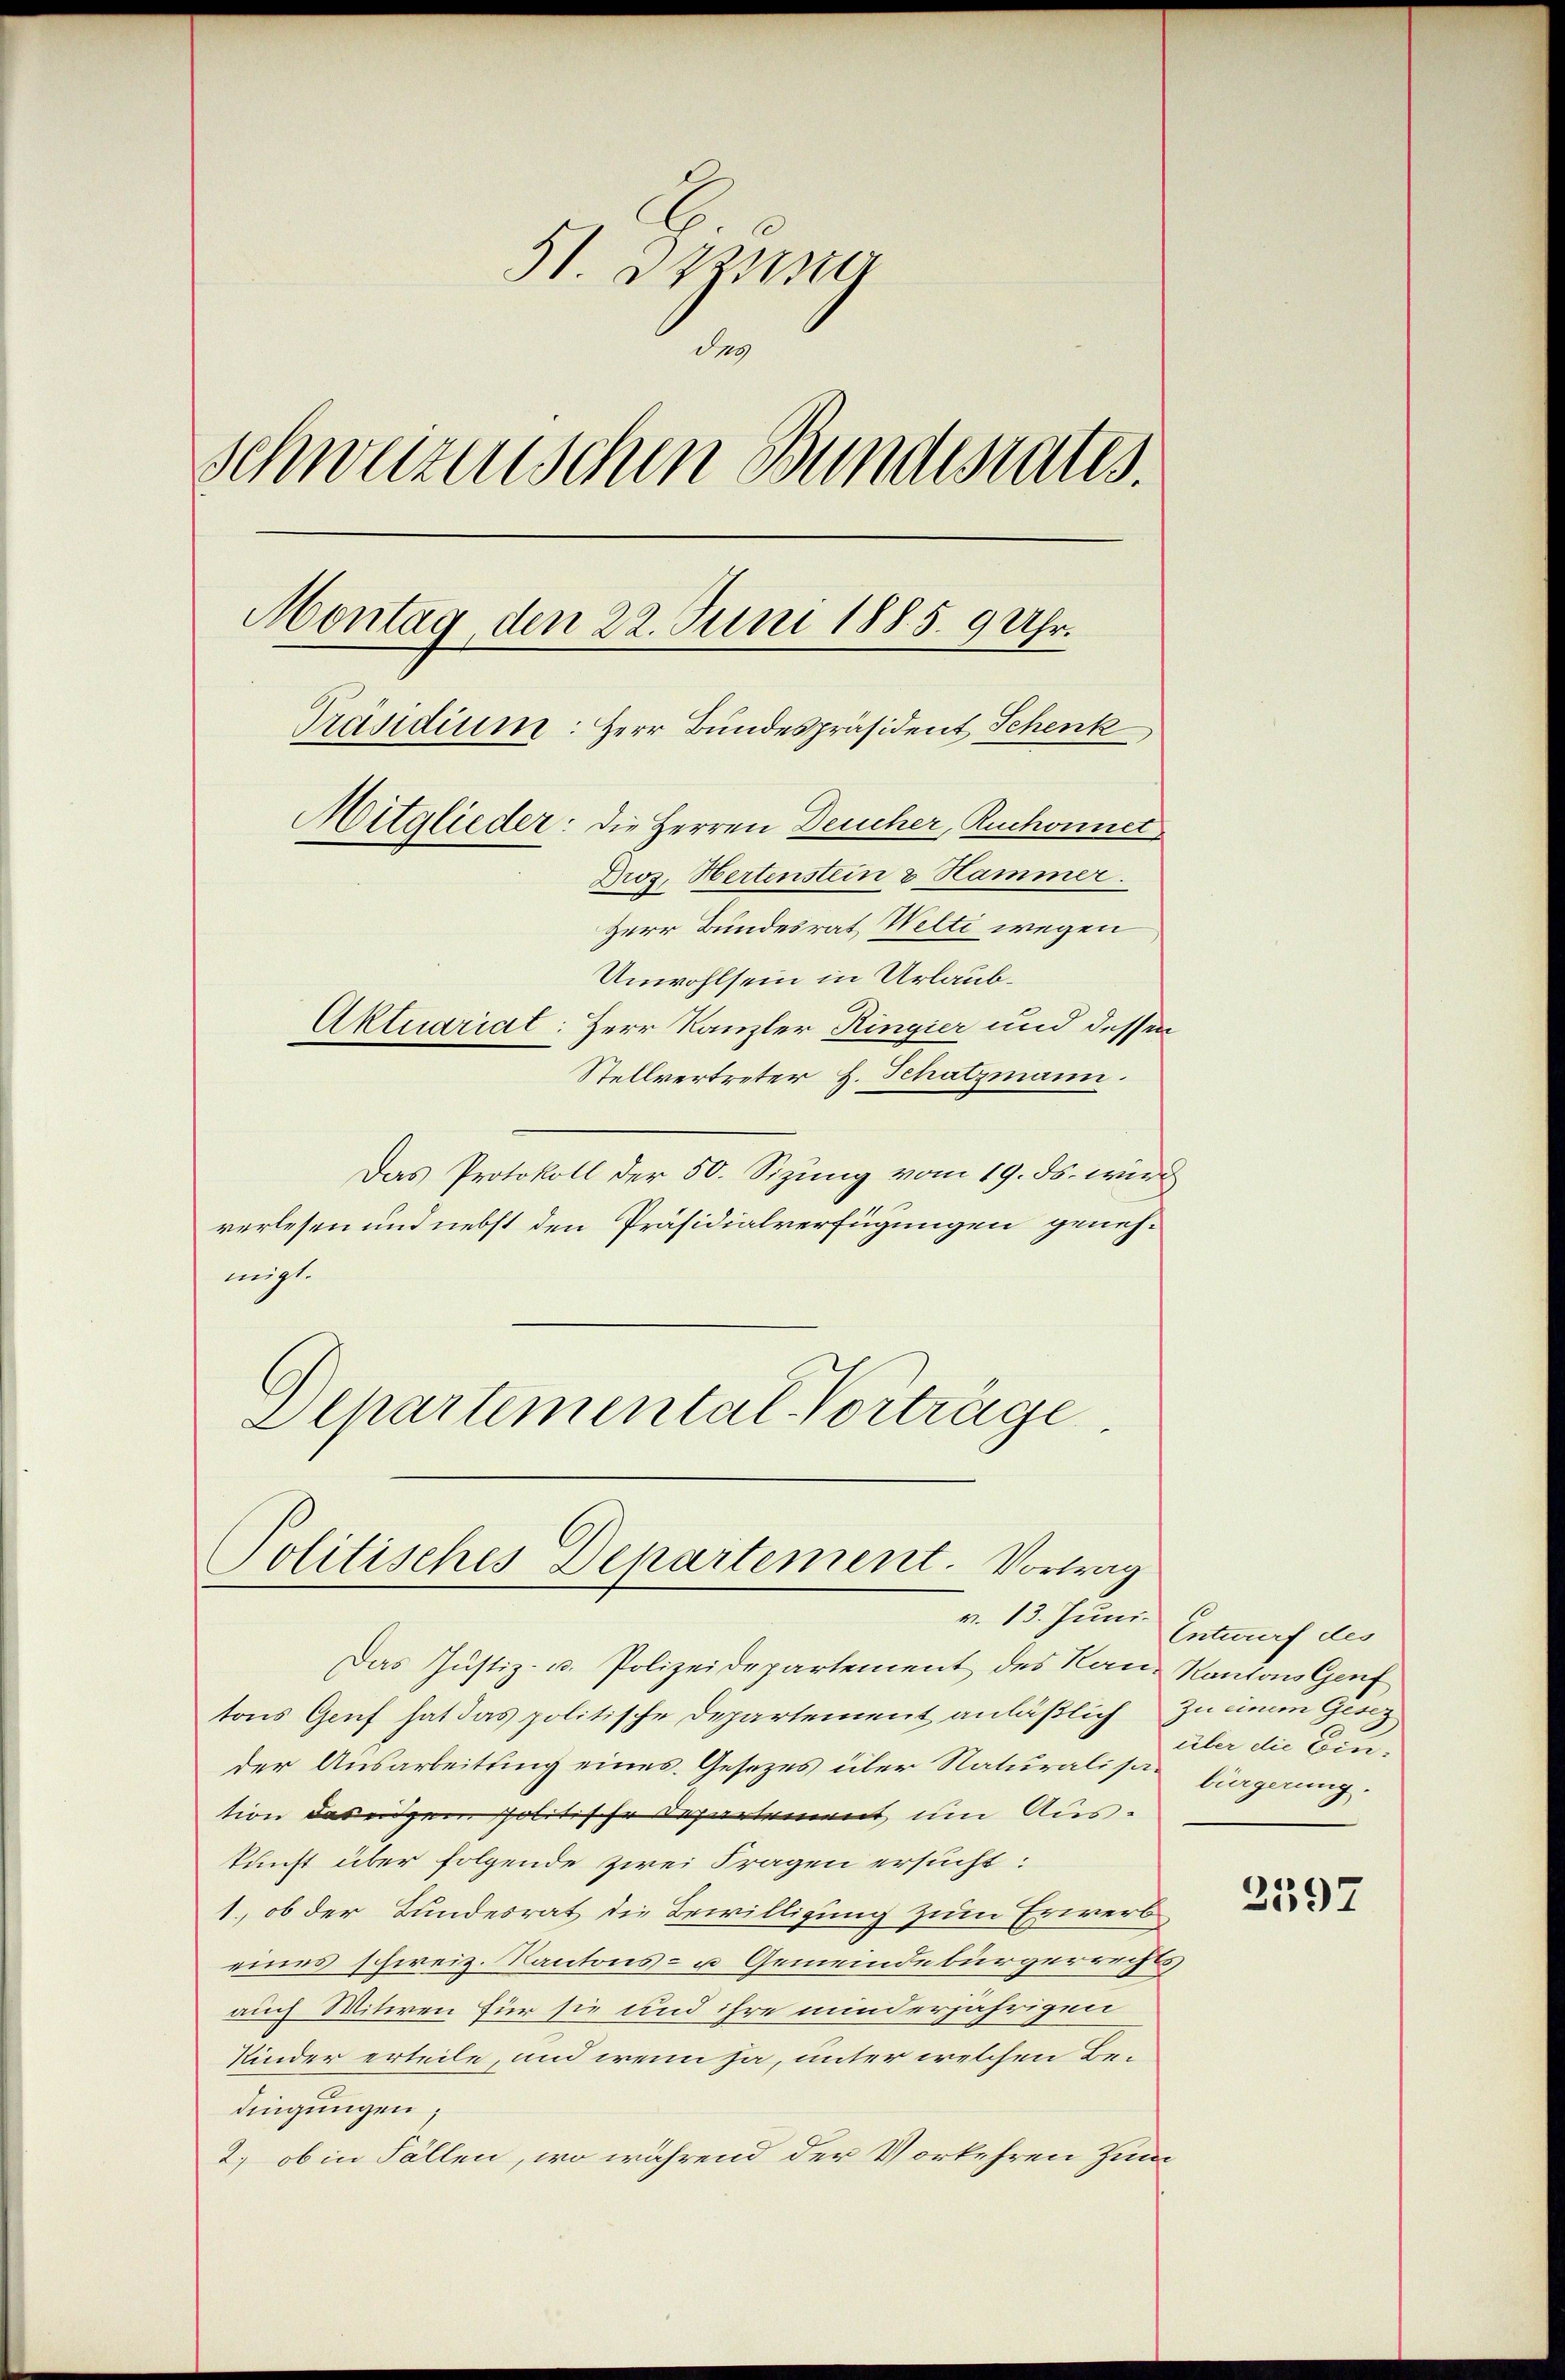
51. Dieser
des
Schweizenschen Bundesrates.
Montag, den 22. Juni 1885. 9 Uhr.
Präsidium: Herr Bundespräsident Schenk
Mitglieder: die Herren Deucher, Ruchonnet
Dros. Hertenstein & Hammer.
Herr Bundesrat Welti wegen
Unwohlsein in Urlaub¬
Aktuariat: Herr Kanzler Ringier und dessen
Stellvertreter H. Schatzmann.

Das Protokoll der 50. Sizung vom 19. ds. wird
verlesen und nebst den Präsidialverfügungen genehmigt.
Departemental-Vorträge

Politisches Departement. Vortrag

Das Justiz- u. Polizeidepartement des Rau, Kantons Genf
tons Genf hat das politische Departement anläßlich zu einem Gesez
der Ausarbeitung eines Gesetzes über Naturalisa bürgerung.
tion das eidgem politische Departement um Auskunft über folgende zwei Fragen ersucht:
1., ob der Bundesrat die Bewilligung zum Erwerb
eines schweiz. Kantons- u Gemeindebürgerrechts
auch Witwen für sie und ihre minderjährigen
Kinder erteile, und wenn ja, unter welchen Bedingungen,
2., ob in Fällen, wo während der Vorkehren zum

v. 13. Juni. Entwurf des

über die Ein¬

2597